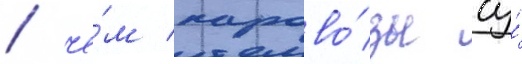
/ че́м парово́зы су́